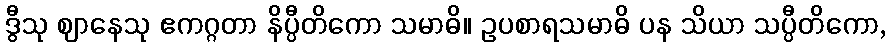
ဒွီသု ဈာနေသု ဧကဂ္ဂတာ နိပ္ပီတိကော သမာဓိ။ ဥပစာရသမာဓိ ပန သိယာ သပ္ပီတိကော,